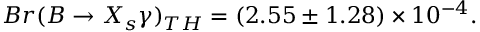
B r ( B \rightarrow X _ { s } \gamma ) _ { T H } = ( 2 . 5 5 \pm 1 . 2 8 ) \times 1 0 ^ { - 4 } .